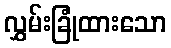
လွှမ်းခြုံထားသော